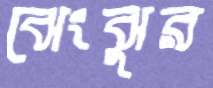
ঝেংঝুর